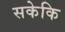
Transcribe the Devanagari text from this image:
सकेकि